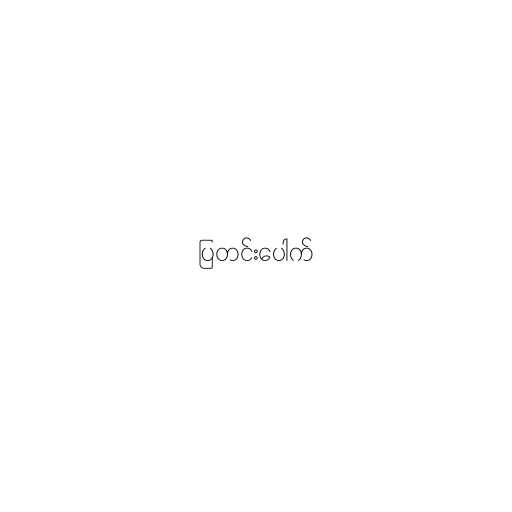
ပြတင်းပေါက်